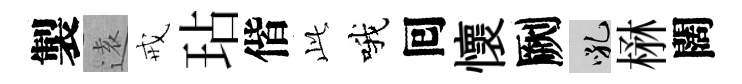
製逺戒玷偕𬼘哦囘懷劂吼楙闊